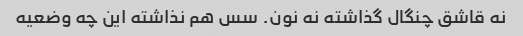
نه قاشق چنگال گذاشته نه نون. سس هم نذاشته این چه وضعیه